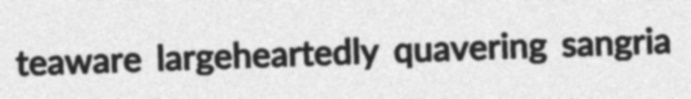
teaware largeheartedly quavering sangria